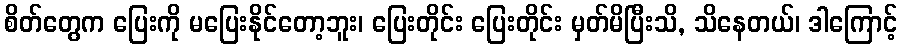
စိတ်တွေက ပြေးကို မပြေးနိုင်တော့ဘူး၊ ပြေးတိုင်း ပြေးတိုင်း မှတ်မိပြီးသိ, သိနေတယ်၊ ဒါကြောင့်